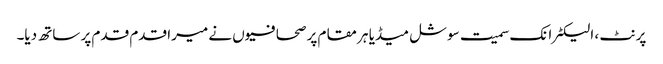
پرنٹ ، الیکٹرانک سمیت سوشل میڈیا ہر مقام پر صحافیوں نے میرا قدم قدم پر ساتھ دیا۔